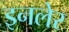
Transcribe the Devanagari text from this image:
इनलेर